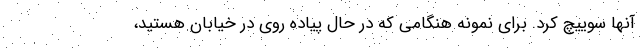
آنها سوییچ کرد. برای نمونه هنگامی که در حال پیاده روی در خیابان هستید،